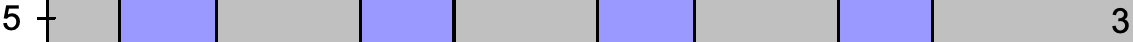
5                                    3